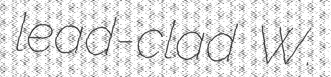
lead-clad W.